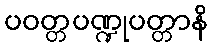
ပဝတ္တပဏ္ဍုပတ္တာနိ